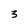
Character: 3